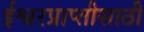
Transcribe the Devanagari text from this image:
ईश्वरप्राप्‍तीसाठी